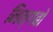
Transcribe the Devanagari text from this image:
निन्गबो